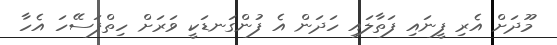
މޫދަށް އެރި ފީނައި ފަތާލައި ހަދަން އެ ފުންގަނޑަކީ ވަރަށް ހިތްފަސޭހަ އެހާ